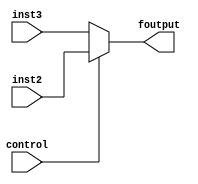
module mux_de_5(inst2,inst3,control,foutput);
input[4:0] inst2,inst3;
input control;
output[4:0] foutput;

assign foutput=(control)?inst2:inst3;
endmodule